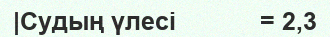
|Судың үлесі            = 2,3